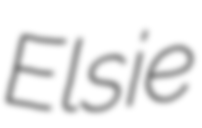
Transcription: Elsie